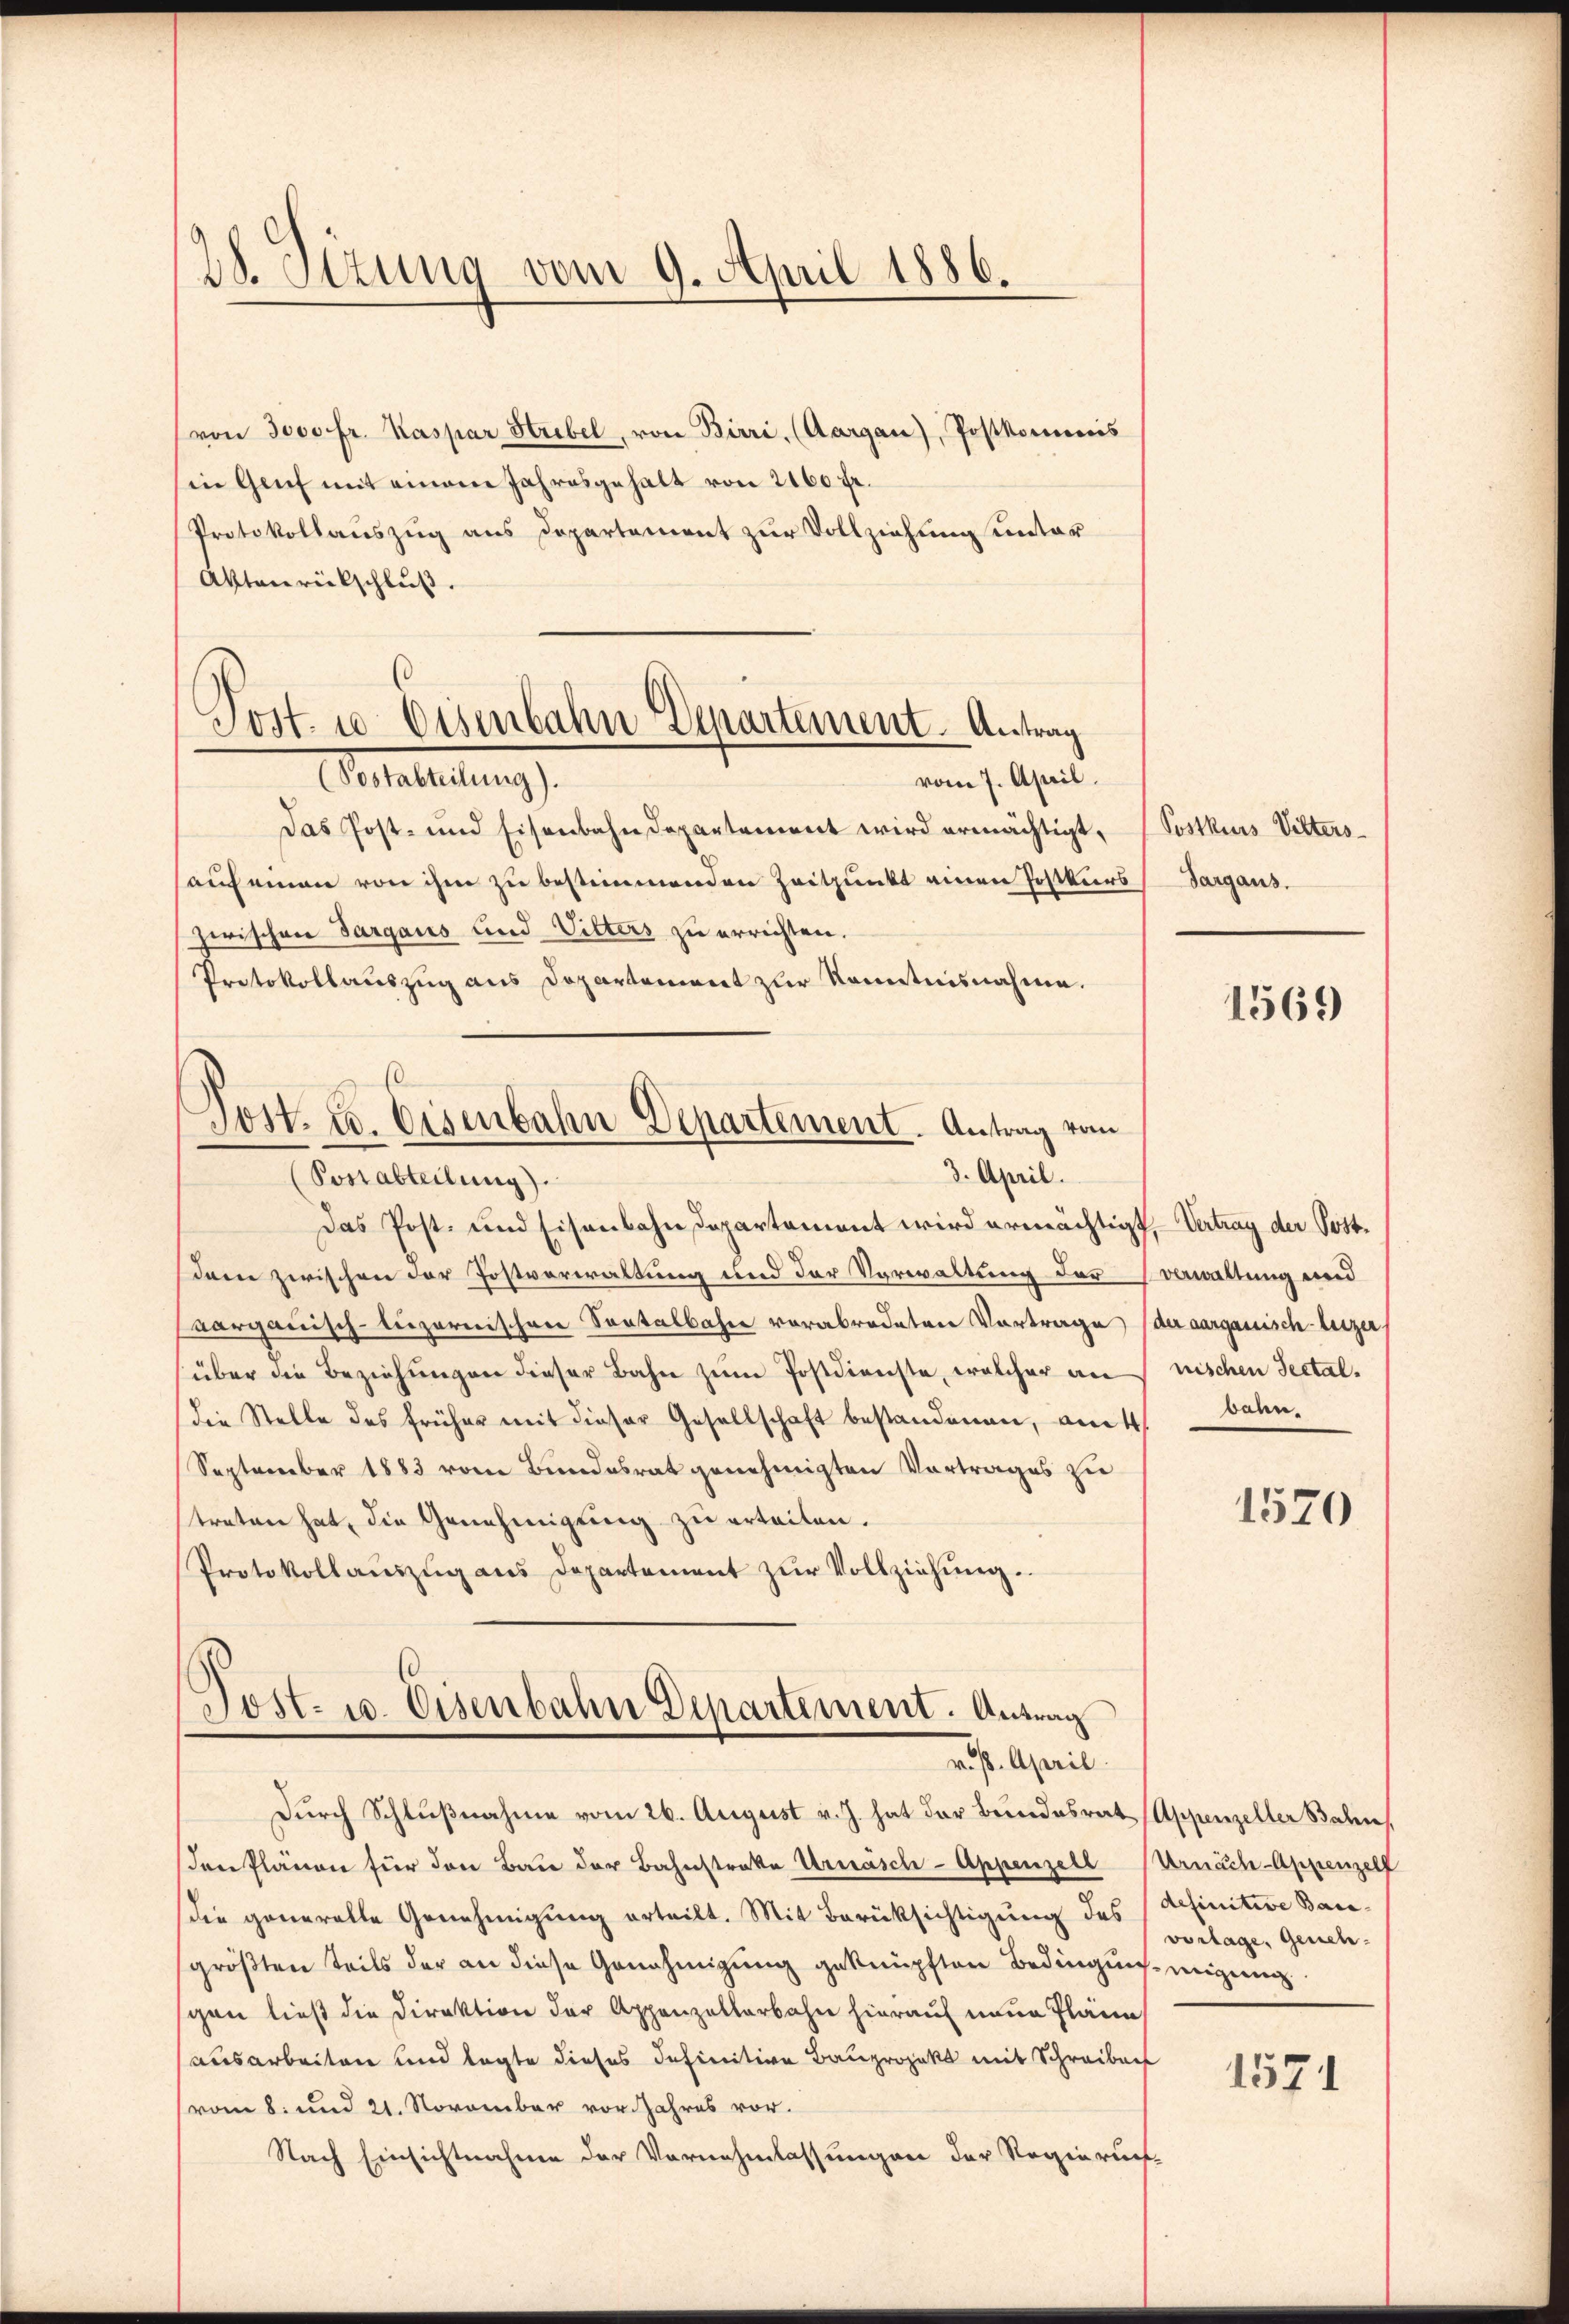
28. Jezung vom 9. April 1886.

(von Joso fr. Kaspar Strebel, von Birri, (Aargau), Postkommnis
in Genf mit einem Jahresgehalt von 2160 fr.
Protokollauszug aus Departement zur Vollziehung unter
Aktenrückschluß.
vom 7. April.
Das Post- und Eisenbahndepartement wird ermächtigt,
auf einen von ihm zu bestimmenden Zeitpunkt einen Postkurs (Sargaus.
zwischen Sargaus und Vitters zu errichten.
Protokollauszug aus Dopartement zur Kenntnisnahme.

(
Post. u. Osenbahn Departement. Antrag
Interteilung

Jost. u. Eisenbahn Departement. Antrag vom
3. April.
(Postabteilung).

Post- u. Eisenbahn Departement. Antrag
v. 8. April.
Durch Schlußnahme vom 26. August v. J. hat der Bundesrat Appenzeller Bahn

Das Post- und Eisenbahndepartement wird ermächtigt, Vertrag der Postdern zwischen der Postverwaltung und der Verwaltung der obwaltung und
aargauisch-liezornischere Sontalbahre verabredetene Vortrage der aargauisch beizer,
über die Beziehungen dieser Bahn zum Postdienste, welcher annischen Sectal-
die Stelle des früher mit dieser Gesellschaft bestandenen, am 4.
September 1883 vom Bundesrat genehmigten Vortrages zu
treten hat, die Genehmigung zu erteiten.
Protokollauszug aus Departement zur Vollziehung.

Postkurs Vilters-

Den Plänen für den Bau der Bahnstrakte Urssasch-Appenzell Urnäch-Appenzell
die generalle Genehmigung erteilt. Mit Berüksichtigung des (definitive Bau-
größten Teils der an diese Genehmigung geknüpften Bedingung migung
gen ließ die Direktion der Appenzellerbahn hierauf neue Pläne
ausarbeiten und legte dieses definitive Bauprojekt mit Schreiben
(vom 8. und 21. November vor Jahres vor.
Nach Einsichtnahme der Vornehmlassungen der Regieruch-

1569

bahn.

1570

vorlage, Geneh¬

1571